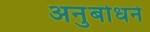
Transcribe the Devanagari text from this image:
अनुबोधने